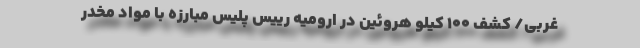
غربی/ کشف ۱۰۰ کیلو هروئین در ارومیه رییس پلیس مبارزه با مواد مخدر